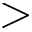
>